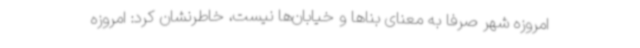
امروزه شهر صرفاً به معنای بناها و خیابان‌ها نیست، خاطرنشان کرد: امروزه